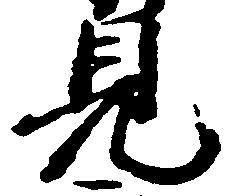
見